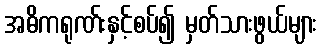
အဓိကရုဏ်းနှင့်စပ်၍ မှတ်သားဖွယ်များ